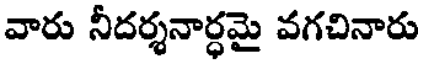
వారు నీదర్శనార్ధమై వగచినారు